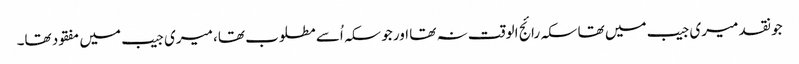
جو نقد میری جیب میں تھا سکہ رائج الوقت نہ تھا اور جو سکہ اُسے مطلوب تھا، میری جیب میں مفقود تھا۔